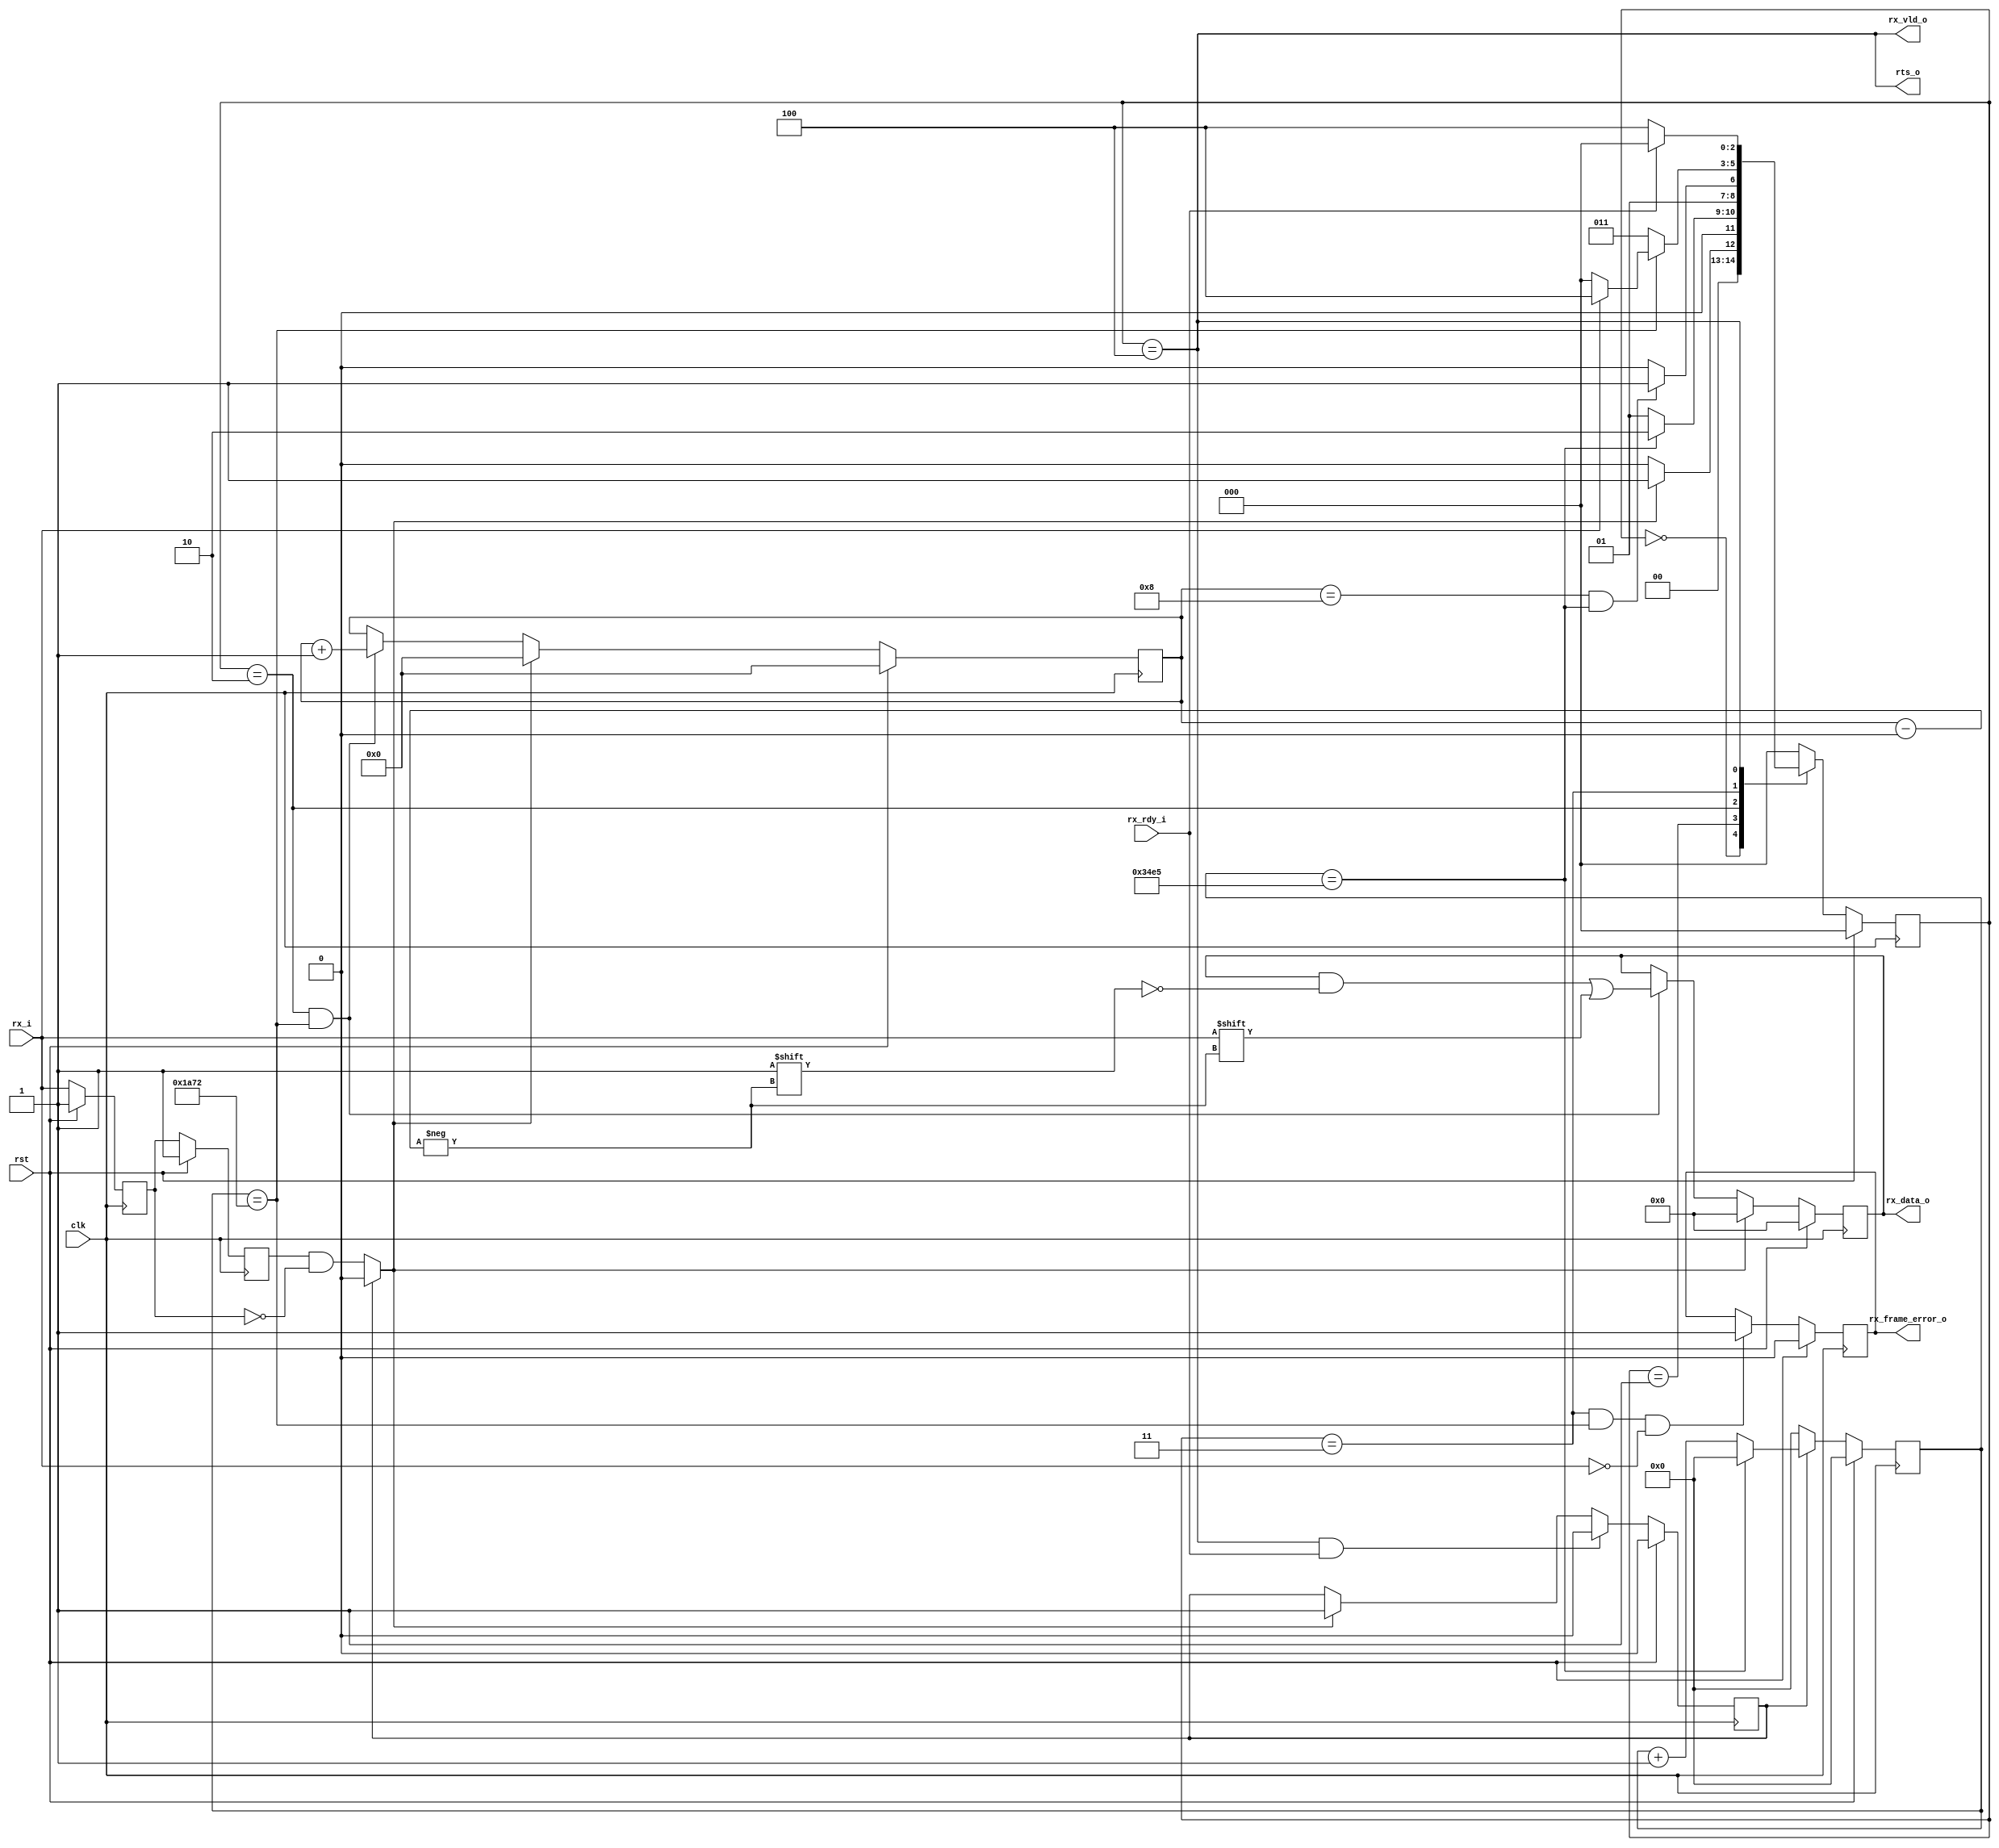
`timescale 1ns / 1ps
//////////////////////////////////////////////////////////////////////////////////
// Company: HFUTWDZ
// 
// Design Name: 
// Module Name:    RX_UART 
// Project Name: 
// Target Devices: 
// Tool versions: 
// Description: 
//
// Dependencies: 
//
// Revision: 
// Revision 0.01 - File Created
// Additional Comments: 
//
//////////////////////////////////////////////////////////////////////////////////
module RX_UART#
	(
	parameter	FREQUENCY = 130,	//MHz
	parameter	BAUDRATE  = 9600	//
	)
	(
	input 			clk,
	input		 	rst,
	input			rx_i,
	output			rx_frame_error_o,
	output			rts_o,		//
	output	[7:0]	rx_data_o,
	output			rx_vld_o,
	input			rx_rdy_i
    );

parameter	RX_IDLE 	= 3'd0,
			RX_START	= 3'd1,
			RX_BIT		= 3'd2,
			RX_STOP		= 3'd3,
			RX_DONE		= 3'd4;

wire	[31:0]		Period_num; 
wire	[31:0]		Period_num_half;
reg 	[31:0] 		cnt_baudrate;
reg		[3:0]		index;

reg		[7:0]		rx_data;
reg					rx_left;
reg					rx_right;
wire				rx_sof;
wire				rx_eof;
reg					rx_recive_ing;


wire 				rx_period_full;	
wire				rx_period_middle;		

reg		[2:0]		state_c;
reg		[2:0]		state_n;
assign	Period_num 		= (FREQUENCY*1000000)/BAUDRATE;
assign	Period_num_half = Period_num/2;
assign 	rx_period_full = (cnt_baudrate==Period_num);
assign 	rx_period_middle = (cnt_baudrate==Period_num_half);

//
always@(posedge clk)
    begin
		if(rst)
			rx_right <= 1'b1;
		else
			rx_right <= rx_i;
	end
always@(posedge clk)
	begin
		if(rst)
			rx_left <= 1'b1;
		else
			rx_left <= rx_right;
	end
assign	rx_sof = rx_recive_ing ? 1'b0 : rx_left&!rx_right;		//rx

assign	rx_eof = (state_c == RX_DONE & rx_rdy_i);

//
always@(posedge clk)
	begin
		if(rst) 
			rx_recive_ing=1'b0;
		else if(rx_eof) 
			rx_recive_ing=1'b0;
		else if(rx_sof) 
			rx_recive_ing=1'b1;
	end

//
always@(posedge clk)
	begin
		if(rst) 
			cnt_baudrate<='d0;
		else if(rx_recive_ing)
			begin
				if(rx_period_full) 
					cnt_baudrate<='d0;
				else 
					cnt_baudrate<=cnt_baudrate+'d1;
			end
		else 
			cnt_baudrate<='d0;
	end

//
always@(posedge clk)
	begin
		if(rst)
			state_c <= RX_IDLE;
		else
			state_c <= state_n;
	end
always@(*)
	begin
		case(state_c)
			RX_IDLE	: 	begin
							if(rx_sof)
								state_n = RX_START;
							else
								state_n = RX_IDLE;
						end
				
			RX_START: 	begin	
							if(rx_period_full)
								state_n = RX_BIT;
							else
								state_n = RX_START;
						end
						
			RX_BIT	: 	begin 
							if(index=='d8 && rx_period_full)
								state_n = RX_STOP;
							else
								state_n = RX_BIT;
						end
						
			RX_STOP	: 	begin	
							if(rx_period_middle)	//1
								begin
									if(rx_i)
										state_n = RX_DONE;
									else
										state_n = RX_IDLE;
								end	
							else
								state_n = RX_STOP;	
						end		
			
			RX_DONE	:	if(rx_rdy_i)	
							state_n = RX_IDLE;
						else
							state_n = RX_DONE;
			
			default	: 			state_n = RX_IDLE;
		endcase
	end
assign rts_o = state_c == RX_DONE;


//////////////////////////////////////////////////////////////////////
reg					rx_error;
always@(posedge clk)
	begin
		if(rst)
			rx_error <= 1'b0;
		else if(state_c == RX_STOP && rx_period_middle && !rx_i)
			rx_error <= 1'b1;
	end
assign rx_frame_error_o = rx_error;
//////////////////////////////////////////////////////////////////////


always@(posedge clk)
	begin
		if(rst)
			index <= 'd0;
		else if(rx_sof)
			index <= 'd0;
		else if(state_c == RX_BIT && rx_period_middle)
			index <= index + 'd1;
	end
always@(posedge clk)
	begin
		if(rst)
			rx_data <= 8'd0;
		else if(rx_sof)
			rx_data <= 8'd0;
		else if(state_c == RX_BIT && rx_period_middle)
			rx_data[index] <= rx_i;
	end
assign	rx_data_o = rx_data;
assign	rx_vld_o = (state_c == RX_DONE);
endmodule